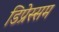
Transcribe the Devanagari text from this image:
डिप्रेस्सम